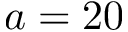
a = 2 0